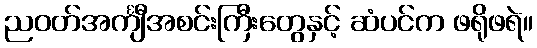
ညဝတ်အင်္ကျီအစင်းကြီးတွေနှင့် ဆံပင်က ဖရိုဖရဲ။